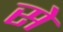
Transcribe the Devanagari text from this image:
से